Document type: Sale
Year: 1423
Scribe: Joan Franc
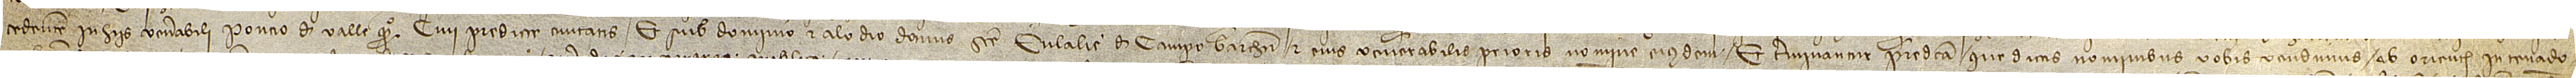
cedentem in hiis venerabili Poncio de Valle, quondam, civi predicte civitatis, et sub dominio et alodio domus Sancte Eulalie de Campo Barchinone et eius venerabilis prioris nomine eiusdem. Et terminatur predicta que dictis nominibus vobis vendimus ab oriente in tenado-